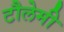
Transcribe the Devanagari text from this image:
टौलेमी